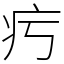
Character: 㽲